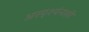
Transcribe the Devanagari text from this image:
अस्पृश्यंनाही